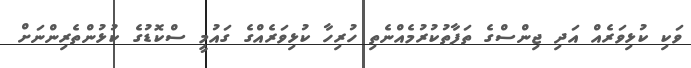
ވަކި ކުޅިވަރެއް އަދި ޖިންސްގެ ތަފާތުކުރުމެއްނެތި ހުރިހާ ކުޅިވަރެއްގެ ގައުމީ ސްކޮޑުގެ ކުޅުންތެރިންނަށް